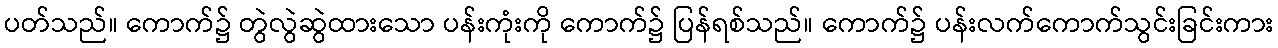
ပတ်သည်။ ကောက်၌ တွဲလွဲဆွဲထားသော ပန်းကုံးကို ကောက်၌ ပြန်ရစ်သည်။ ကောက်၌ ပန်းလက်ကောက်သွင်းခြင်းကား